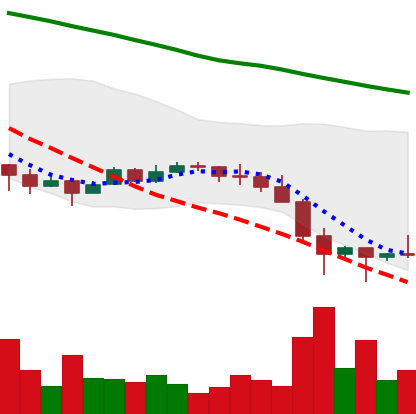
Ticker: EOS-USD
Chart end date: 2022-01-26
Forward return: 5.608%
Label: up_5_7